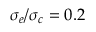
\sigma _ { e } / \sigma _ { c } = 0 . 2